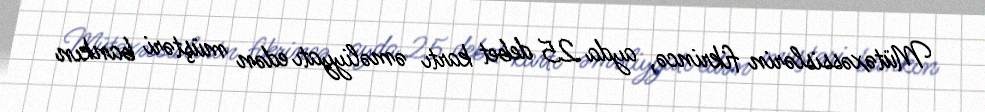
Mütəxəssislərin fikrincə, ayda 25 debet kartı əməliyyatı edən müştəri bankın